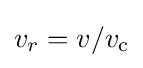
v_{r}=v/v_{\text{c}}